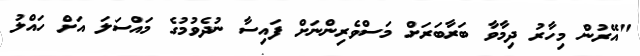
"އޭރުން މިހާރު ދިމާވާ ބަރާބަރަށް މަސްވެރިންނަށް ފައިސާ ނުދެވުމުގެ މައްސަލަ އަށް ހައްލު